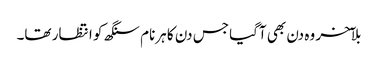
بلآخر وہ دن بھی آگیا جس دن کا ہرنام سنگھ کو انتظار تھا۔